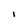
Character: I